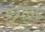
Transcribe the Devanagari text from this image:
डुंगुल